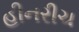
હીનરીચ